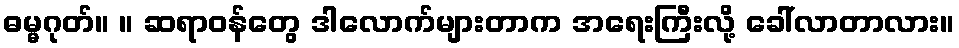
ဓမ္မဂုတ်။ ။ ဆရာဝန်တွေ ဒါလောက်များတာက အရေးကြီးလို့ ခေါ်လာတာလား။